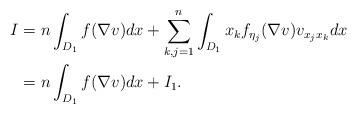
LaTeX: \begin{align*} I &= n \int_{D_1 } f ( \nabla v) dx + \sum_{k, j = 1}^n \int_{D_1} x_k f_{\eta_j } (\nabla v) v_{x_j x_k} dx \\ &= n \int_{D_1} f ( \nabla v) dx + I_1. \end{align*}